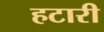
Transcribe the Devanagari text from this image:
हटारी